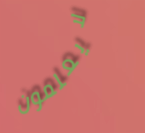
لايعلمون